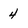
Character: 4